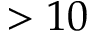
> 1 0